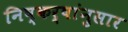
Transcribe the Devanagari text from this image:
निष्कर्षांनुसार